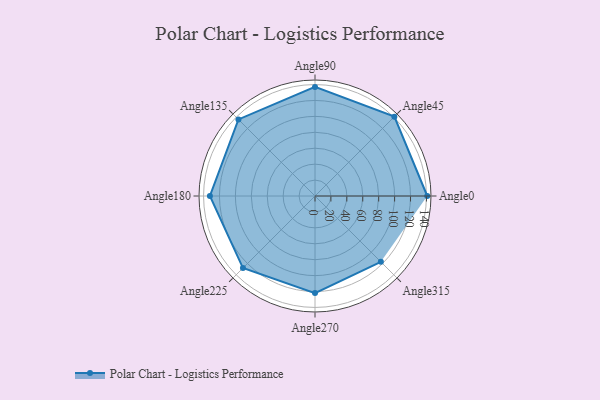
{"axis": {"x": "Angle", "y": "Radius"}, "legend": [""], "data": [{"x": "Angle0", "y": 141.0, "type": ""}, {"x": "Angle45", "y": 141.0, "type": ""}, {"x": "Angle90", "y": 137.0, "type": ""}, {"x": "Angle135", "y": 136.0, "type": ""}, {"x": "Angle180", "y": 132.0, "type": ""}, {"x": "Angle225", "y": 128.0, "type": ""}, {"x": "Angle270", "y": 122.0, "type": ""}, {"x": "Angle315", "y": 117.0, "type": ""}]}